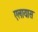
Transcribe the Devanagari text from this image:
एलायास